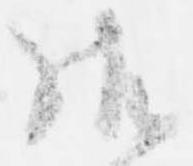
御